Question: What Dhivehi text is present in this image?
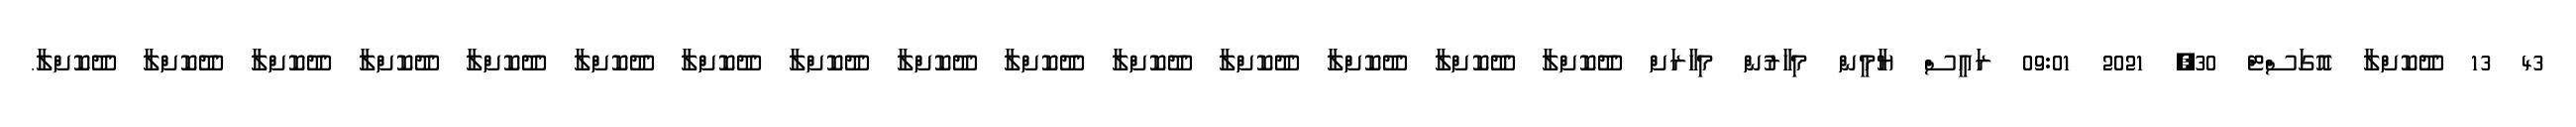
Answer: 43 13 ދޫކޮށްލާ އޮގަސްޓް 30, 2021 09:01 ރައީސް ޔާމީން މިހާރުން މިހާރަށް ދޫކޮށްލާ ދޫކޮށްލާ ދޫކޮށްލާ ދޫކޮށްލާ ދޫކޮށްލާ ދޫކޮށްލާ ދޫކޮށްލާ ދޫކޮށްލާ ދޫކޮށްލާ ދޫކޮށްލާ ދޫކޮށްލާ ދޫކޮށްލާ ދޫކޮށްލާ ދޫކޮށްލާ ދޫކޮށްލާ.